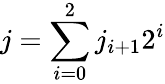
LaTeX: j=\sum_{i=0}^{2}j_{i+1}2^{i}